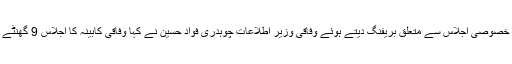
کابینہ کے خصوصی اجلاس سے متعلق بریفنگ دیتے ہوئے وفاقی وزیرِ اطلاعات چوہدری فواد حسین نے کہا وفاقی کابینہ کا اجلاس 9 گھنٹے جاری رہا۔